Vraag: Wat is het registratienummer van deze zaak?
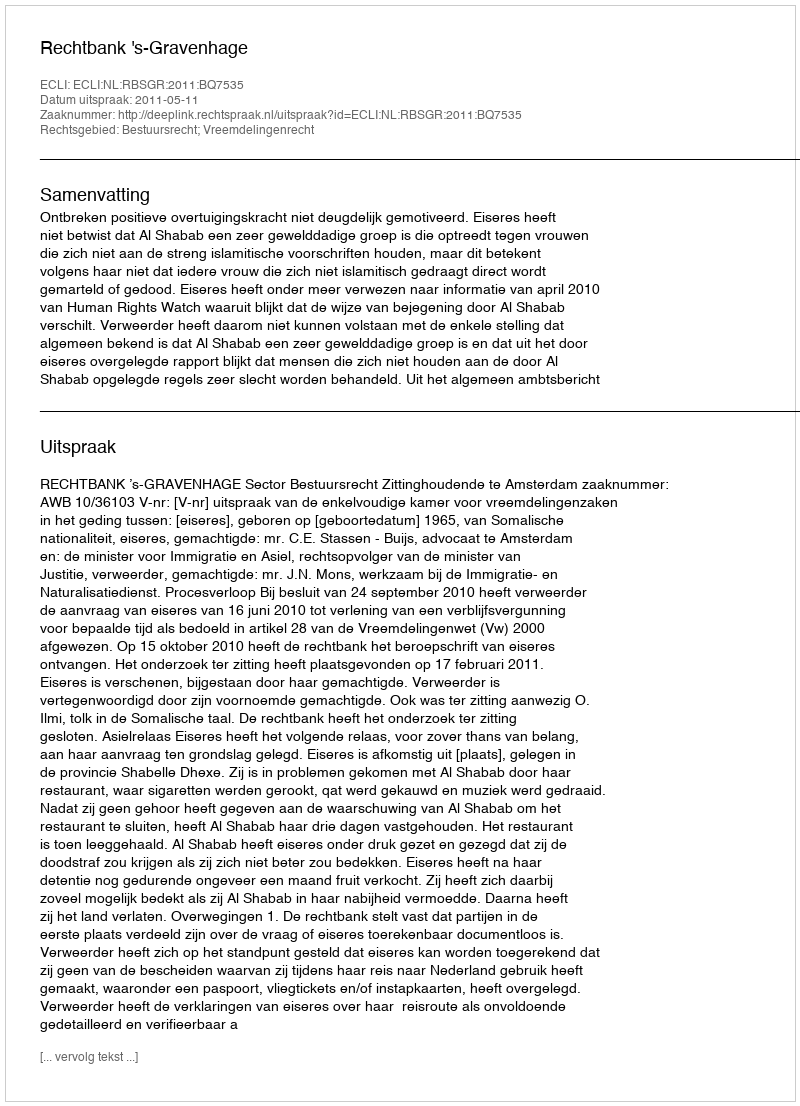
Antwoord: http://deeplink.rechtspraak.nl/uitspraak?id=ECLI:NL:RBSGR:2011:BQ7535